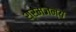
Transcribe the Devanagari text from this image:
श्रमजन्य